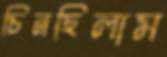
চিনছিলাম